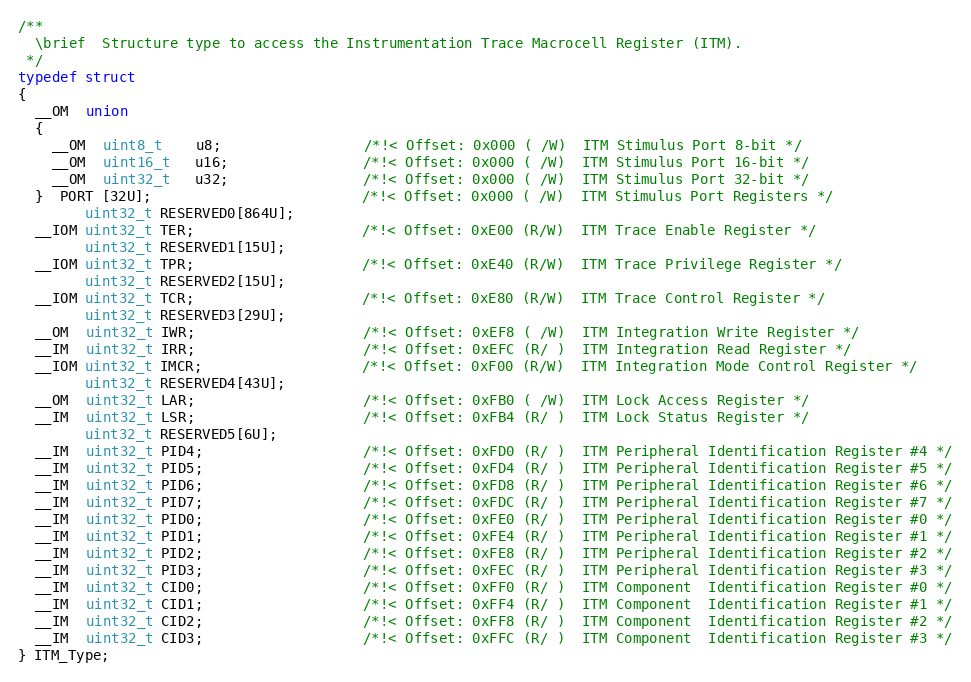
Language: C
/**
  \brief  Structure type to access the Instrumentation Trace Macrocell Register (ITM).
 */
typedef struct
{
  __OM  union
  {
    __OM  uint8_t    u8;                 /*!< Offset: 0x000 ( /W)  ITM Stimulus Port 8-bit */
    __OM  uint16_t   u16;                /*!< Offset: 0x000 ( /W)  ITM Stimulus Port 16-bit */
    __OM  uint32_t   u32;                /*!< Offset: 0x000 ( /W)  ITM Stimulus Port 32-bit */
  }  PORT [32U];                         /*!< Offset: 0x000 ( /W)  ITM Stimulus Port Registers */
        uint32_t RESERVED0[864U];
  __IOM uint32_t TER;                    /*!< Offset: 0xE00 (R/W)  ITM Trace Enable Register */
        uint32_t RESERVED1[15U];
  __IOM uint32_t TPR;                    /*!< Offset: 0xE40 (R/W)  ITM Trace Privilege Register */
        uint32_t RESERVED2[15U];
  __IOM uint32_t TCR;                    /*!< Offset: 0xE80 (R/W)  ITM Trace Control Register */
        uint32_t RESERVED3[29U];
  __OM  uint32_t IWR;                    /*!< Offset: 0xEF8 ( /W)  ITM Integration Write Register */
  __IM  uint32_t IRR;                    /*!< Offset: 0xEFC (R/ )  ITM Integration Read Register */
  __IOM uint32_t IMCR;                   /*!< Offset: 0xF00 (R/W)  ITM Integration Mode Control Register */
        uint32_t RESERVED4[43U];
  __OM  uint32_t LAR;                    /*!< Offset: 0xFB0 ( /W)  ITM Lock Access Register */
  __IM  uint32_t LSR;                    /*!< Offset: 0xFB4 (R/ )  ITM Lock Status Register */
        uint32_t RESERVED5[6U];
  __IM  uint32_t PID4;                   /*!< Offset: 0xFD0 (R/ )  ITM Peripheral Identification Register #4 */
  __IM  uint32_t PID5;                   /*!< Offset: 0xFD4 (R/ )  ITM Peripheral Identification Register #5 */
  __IM  uint32_t PID6;                   /*!< Offset: 0xFD8 (R/ )  ITM Peripheral Identification Register #6 */
  __IM  uint32_t PID7;                   /*!< Offset: 0xFDC (R/ )  ITM Peripheral Identification Register #7 */
  __IM  uint32_t PID0;                   /*!< Offset: 0xFE0 (R/ )  ITM Peripheral Identification Register #0 */
  __IM  uint32_t PID1;                   /*!< Offset: 0xFE4 (R/ )  ITM Peripheral Identification Register #1 */
  __IM  uint32_t PID2;                   /*!< Offset: 0xFE8 (R/ )  ITM Peripheral Identification Register #2 */
  __IM  uint32_t PID3;                   /*!< Offset: 0xFEC (R/ )  ITM Peripheral Identification Register #3 */
  __IM  uint32_t CID0;                   /*!< Offset: 0xFF0 (R/ )  ITM Component  Identification Register #0 */
  __IM  uint32_t CID1;                   /*!< Offset: 0xFF4 (R/ )  ITM Component  Identification Register #1 */
  __IM  uint32_t CID2;                   /*!< Offset: 0xFF8 (R/ )  ITM Component  Identification Register #2 */
  __IM  uint32_t CID3;                   /*!< Offset: 0xFFC (R/ )  ITM Component  Identification Register #3 */
} ITM_Type;